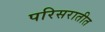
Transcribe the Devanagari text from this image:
परिसरातीत